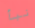
نبأ